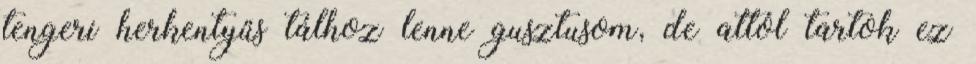
tengeri herkentyűs tálhoz lenne gusztusom, de attól tartok ez